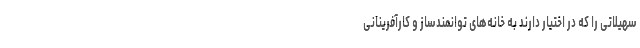
سهیلاتی را که در اختیار دارند به خانه‌های توانمندساز و کارآفرینانی